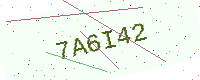
Text: 7A6I42